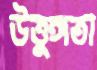
উত্তুঙ্গতা